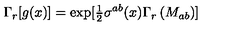
\Gamma _ { r } [ g ( x ) ] = \mathrm { e x p } [ { \textstyle \frac { 1 } { 2 } } \sigma ^ { a b } ( x ) \Gamma _ { r } \left( M _ { a b } \right) ]